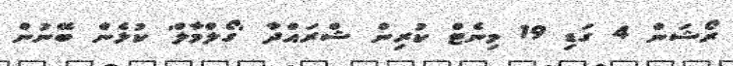
ރޯޝަން 4 ގަޑި 19 މިނެޓް ކުރިން ޝްރައްދާ 'ގޯލްމާލް' ކުޅެން ބޭނުން